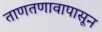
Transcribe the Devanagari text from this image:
ताणतणावापासून